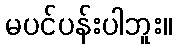
မပင်ပန်းပါဘူး။